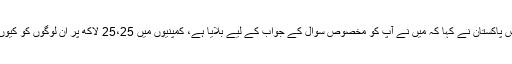
چیف جسٹس پاکستان نے کہا کہ میں نے آپ کو مخصوص سوال کے جواب کے لیے بلایا ہے، کمپنیوں میں 25،25 لاکھ پر ان لوگوں کو کیوں رکھا گیا۔